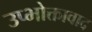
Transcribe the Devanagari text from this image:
उप्भोक्तावाद